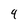
Character: 4